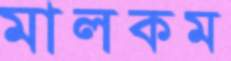
মালকম